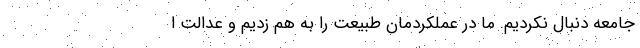
جامعه دنبال نکردیم. ما در عملکردمان طبیعت را به هم زدیم و عدالت ا